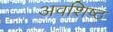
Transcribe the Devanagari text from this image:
अवशिष्ठ